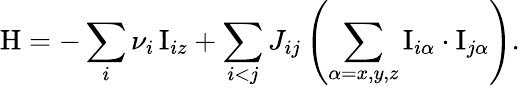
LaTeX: \mathrm{H}=-\sum_{i}\nu_{i}\, \mathrm{I}_{iz}+\sum_{i<j}J_{ij}\left(\sum_{\alpha=x,y,z}\mathrm{I}_{i\alpha}\cdot\mathrm{I}_{j\alpha}\right).